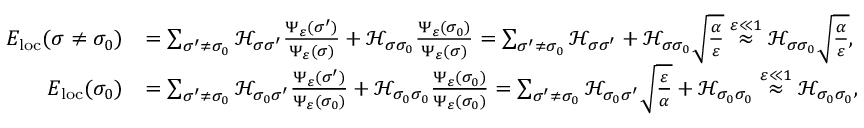
\begin{array} { r l } { E _ { \mathrm { l o c } } ( \sigma \neq \sigma _ { 0 } ) } & { = \sum _ { \sigma ^ { \prime } \neq \sigma _ { 0 } } \mathcal { H } _ { \sigma \sigma ^ { \prime } } \frac { \Psi _ { \varepsilon } ( \sigma ^ { \prime } ) } { \Psi _ { \varepsilon } ( \sigma ) } + \mathcal { H } _ { \sigma \sigma _ { 0 } } \frac { \Psi _ { \varepsilon } ( \sigma _ { 0 } ) } { \Psi _ { \varepsilon } ( \sigma ) } = \sum _ { \sigma ^ { \prime } \neq \sigma _ { 0 } } \mathcal { H } _ { \sigma \sigma ^ { \prime } } + \mathcal { H } _ { \sigma \sigma _ { 0 } } \sqrt { \frac { \alpha } { \varepsilon } } \stackrel { \varepsilon \ll 1 } { \approx } \mathcal { H } _ { \sigma \sigma _ { 0 } } \sqrt { \frac { \alpha } { \varepsilon } } , } \\ { E _ { \mathrm { l o c } } ( \sigma _ { 0 } ) } & { = \sum _ { \sigma ^ { \prime } \neq \sigma _ { 0 } } \mathcal { H } _ { \sigma _ { 0 } \sigma ^ { \prime } } \frac { \Psi _ { \varepsilon } ( \sigma ^ { \prime } ) } { \Psi _ { \varepsilon } ( \sigma _ { 0 } ) } + \mathcal { H } _ { \sigma _ { 0 } \sigma _ { 0 } } \frac { \Psi _ { \varepsilon } ( \sigma _ { 0 } ) } { \Psi _ { \varepsilon } ( \sigma _ { 0 } ) } = \sum _ { \sigma ^ { \prime } \neq \sigma _ { 0 } } \mathcal { H } _ { \sigma _ { 0 } \sigma ^ { \prime } } \sqrt { \frac { \varepsilon } { \alpha } } + \mathcal { H } _ { \sigma _ { 0 } \sigma _ { 0 } } \stackrel { \varepsilon \ll 1 } { \approx } \mathcal { H } _ { \sigma _ { 0 } \sigma _ { 0 } } , } \end{array}